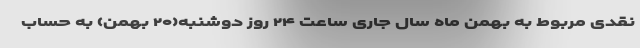
نقدی مربوط به بهمن ماه سال جاری ساعت ۲۴ روز دوشنبه(۲۰ بهمن) به حساب